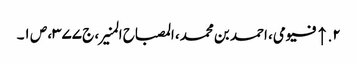
۲. ↑ فیومی، احمد بن محمد، المصباح المنیر، ج ۳۷۷، ص ۱۔